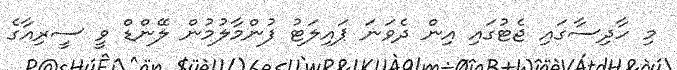
މި ހާދިސާގައި ޖެޓުގައި އިން ދެވަނަ ޕައިލަޓު ފުންމާލުމުން ލޭންޑް ވީ ސީރިއާގެ